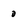
Character: 0